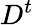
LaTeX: D^{t}